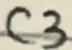
Text: C3